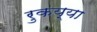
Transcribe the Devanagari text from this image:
रुकय्या